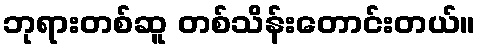
ဘုရားတစ်ဆူ တစ်သိန်းတောင်းတယ်။